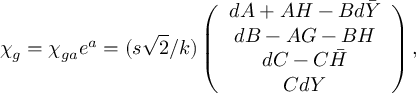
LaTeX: \chi _ { g } = \chi _ { g a } e ^ { a } = ( s \sqrt { 2 } / k ) \left( \begin{array} { c } { { d A + A H - B d \bar { Y } } } \\ { { d B - A G - B H } } \\ { { d C - C \bar { H } } } \\ { { C d Y } } \end{array} \right) ,